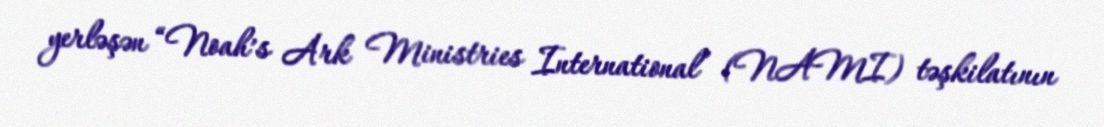
yerləşən “Noah’s Ark Ministries International” (NAMI) təşkilatının